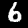
Label: 6